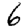
Digit: 6